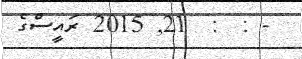
- :  :  21